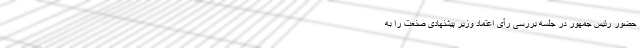
حضور رئیس جمهور در جلسه بررسی رأی اعتماد وزیر پیشنهادی صنعت را به